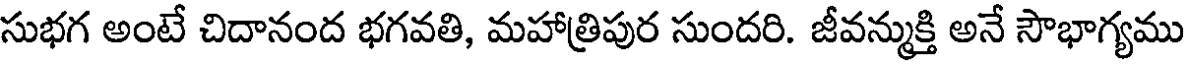
సుభగ అంటే చిదానంద భగవతి, మహాత్రిపుర సుందరి. జీవన్ముక్తి అనే సౌభాగ్యము